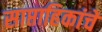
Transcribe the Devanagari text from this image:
साप्ताहिकांचे